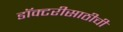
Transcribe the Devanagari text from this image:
डॉक्टरीसाठीची